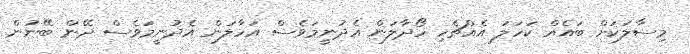
މިސާލަކަށް ބައެއް ކަހަލަ އެއްޗެހި ހޯދާލަން އެދުނީމަވެސް އަހާލަން އެދުނީމަވެސް ދޭން ބޭނުން